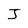
Character: J